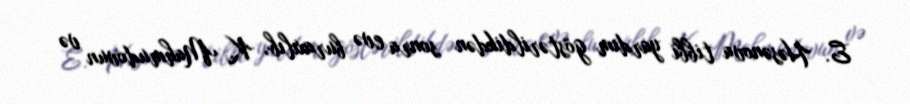
E. Həsənova tibbi yardım göstərildikdən sonra evə buraxılıb, K. Mahmudovun və